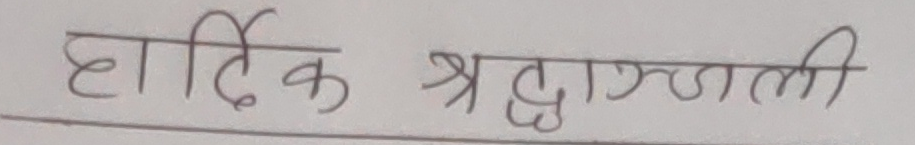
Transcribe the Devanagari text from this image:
हार्दिक श्रद्धाञ्जली